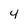
Character: 4